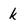
Character: k